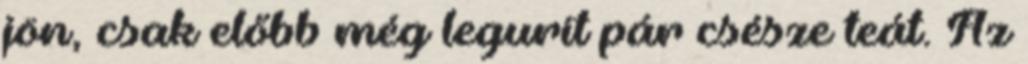
jön, csak előbb még legurít pár csésze teát. Az